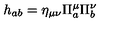
h _ { a b } = \eta _ { \mu \nu } \Pi _ { a } ^ { \mu } \Pi _ { b } ^ { \nu }